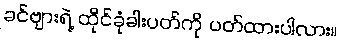
ခင်ဗျားရဲ့ ထိုင်ခုံခါးပတ်ကို ပတ်ထားပါလား။